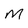
Character: M